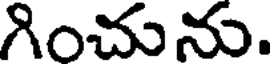
గించును.